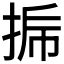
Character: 𰓳